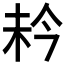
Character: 𪱼